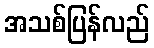
အသစ်ပြန်လည်